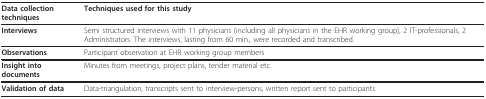
<table><thead><tr><td><b>Data collection techniques</b></td><td><b>Techniques used for this study</b></td></tr></thead><tbody><tr><td><b>Interviews</b></td><td>Semi structured interviews with 11 physicians (including all physicians in the EHR working group), 2 IT-professionals, 2 Administrators. The interviews, lasting from 60 min., were recorded and transcribed.</td></tr><tr><td><b>Observations</b></td><td>Participant observation at EHR working group members</td></tr><tr><td><b>Insight into documents</b></td><td>Minutes from meetings, project plans, tender material etc.</td></tr><tr><td><b>Validation of data</b></td><td>Data-triangulation, transcripts sent to interview-persons, written report sent to participants</td></tr></tbody></table>